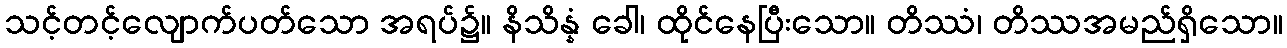
သင့်တင့်လျောက်ပတ်သော အရပ်၌။ နိသိန္နံ ခေါ၊ ထိုင်နေပြီးသော။ တိဿံ၊ တိဿအမည်ရှိသော။